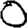
Digit: 0